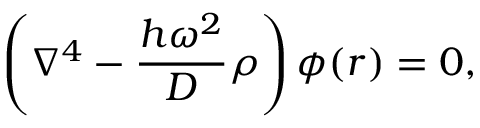
\left( \nabla ^ { 4 } - \frac { h \omega ^ { 2 } } { D } \rho \right) \phi ( \boldsymbol { r } ) = 0 ,